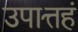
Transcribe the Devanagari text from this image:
उपात्तहं